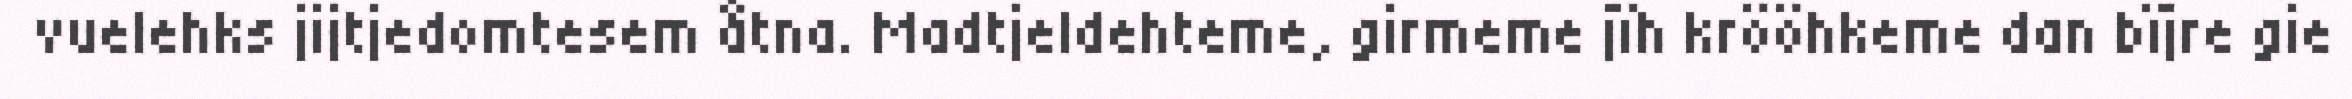
vuelehks jijtjedomtesem åtna. Madtjeldehteme, girmeme jïh krööhkeme dan bïjre gie